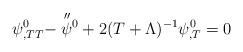
LaTeX: \begin{align*}\psi^{0}_{,TT}-\stackrel{\scriptstyle\prime\prime}{\psi}\hspace{-3.5pt}\vphantom{\psi}^{0}+2(T+\Lambda)^{-1}\psi^{0}_{,T}=0\end{align*}